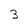
Character: 3